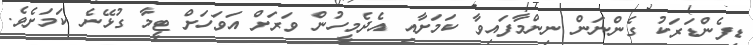
ޑިފެންޑަރަކު ގެންނަން ނިންމާފައިވާ ކަމަށާއި އެދެމީހުން ވަރަށް އަވަހަށް ޓީމާ ގުޅޭނެ ކަމަށެވެ.